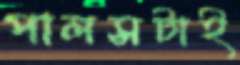
পালসটাই